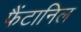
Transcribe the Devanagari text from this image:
फैंटानिल